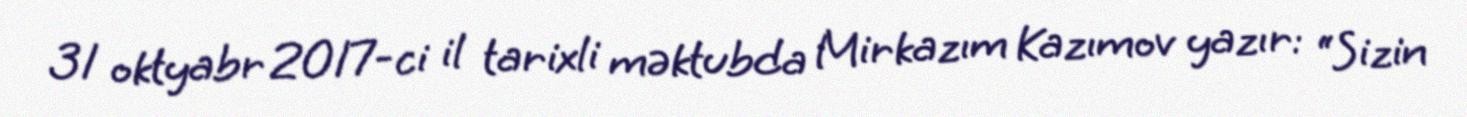
31 oktyabr 2017-ci il tarixli məktubda Mirkazım Kazımov yazır: “Sizin